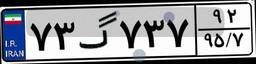
۷۳گ۷۳۷۹۲